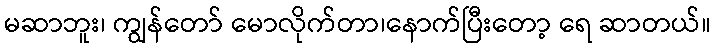
မဆာဘူး၊ ကျွန်တော် မောလိုက်တာ၊နောက်ပြီးတော့ ရေ ဆာတယ်။